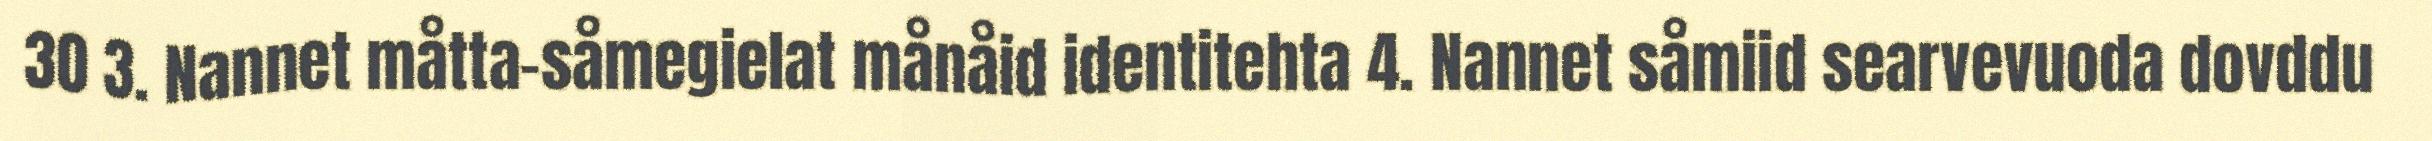
30 3. Nannet måtta-såmegielat månåid identitehta 4. Nannet såmiid searvevuoda dovddu